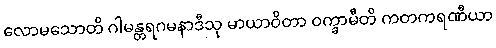
လောမသောတိ ဂါမန္တရဂမနာဒီသု မာယာဝိတာ ဝက္ခာမီတိ ကတကရဏီယာ